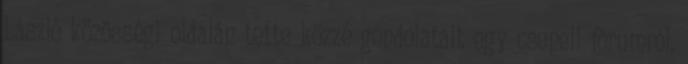
László közösségi oldalán tette közzé gondolatait egy csepeli fórumról.